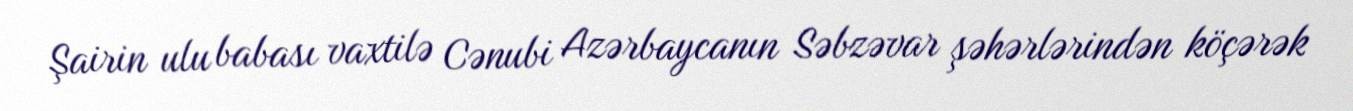
Şairin ulu babası vaxtilə Cənubi Azərbaycanın Səbzəvar şəhərlərindən köçərək